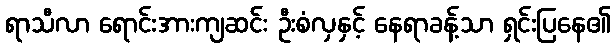
ရာသီလာ ရောင်းအားကျဆင်း ဦးစံလှနှင့် နေရာခန့်သာ ရှင်းပြနေ၏